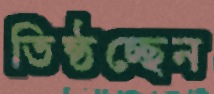
তিষ্ঠচ্ছেন